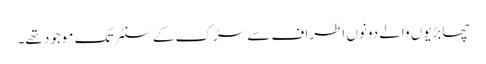
چھابڑیوں والے دونوں اطراف سے سڑک کے سنٹر تک موجود تھے۔